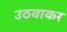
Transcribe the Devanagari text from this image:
उठवाकर